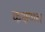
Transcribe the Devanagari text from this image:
कक्षपाल